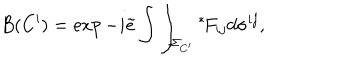
LaTeX: B ( C ^ { \prime } ) = \exp - i \tilde { e } \int \int _ { \Sigma _ { C ^ { \prime } } } \mathrm { } ^ { * } \! F _ { i j } d \sigma ^ { i j } ,